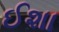
ઈશા